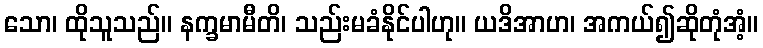
သော၊ ထိုသူသည်။ နက္ခမာမီတိ၊ သည်းမခံနိုင်ပါဟု။ ယဒိအာဟ၊ အကယ်၍ဆိုတုံအံ့။